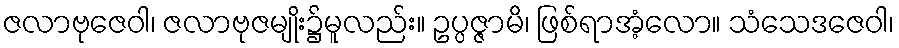
ဇလာဗုဇေဝါ၊ ဇလာဗုဇမျိုး၌မူလည်း။ ဥပ္ပဇ္ဇာမိ၊ ဖြစ်ရာအံ့လော။ သံသေဒဇေဝါ၊